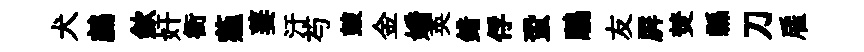
犬鸕歛奸衙薤萋汙芍皷金嬌英錯俘蛩鵬友屛焚縣刀雇